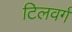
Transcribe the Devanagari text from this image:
टिलवर्ग